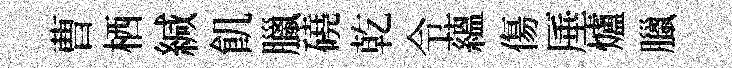
曹栖緘飢臘磽乾令蘊傷厜爐臘